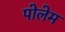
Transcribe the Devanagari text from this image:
पोलेम